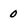
Character: 0